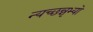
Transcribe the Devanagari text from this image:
न्यच्छन्नृभ्यो